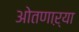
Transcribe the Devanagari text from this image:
ओतणाऱ्या